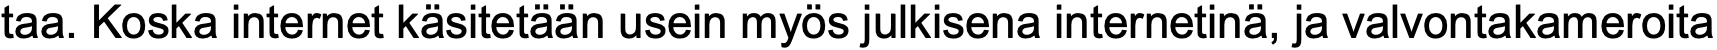
taa. Koska internet käsitetään usein myös julkisena internetinä, ja valvontakameroita